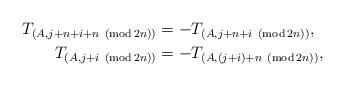
LaTeX: \begin{align*}T_{(A,j+n+i+n\ \left( \operatorname{mod}2n\right) )} &=-T_{(A,j+n+i\ \left( \operatorname{mod}2n\right) )},\\T_{(A,j+i\ \left( \operatorname{mod}2n\right) )} &=-T_{(A,(j+i)+n\ \left( \operatorname{mod}2n\right) )}, \end{align*}